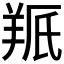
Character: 𫅕